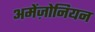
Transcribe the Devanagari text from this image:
अमेंज़ोनियन